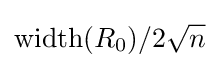
\operatorname {width} (R_{0})/2{\sqrt {n}}